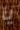
يا